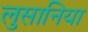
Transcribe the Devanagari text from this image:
लुसानिया